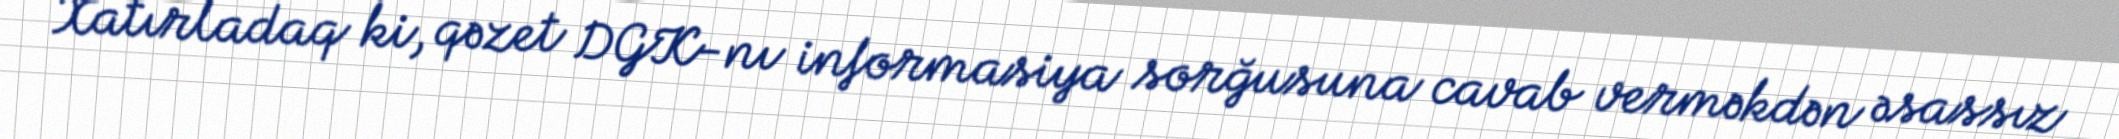
Xatırladaq ki, qəzet DGK-nı informasiya sorğusuna cavab verməkdən əsassız